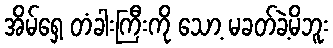
အိမ်ရှေ့ တံခါးကြီးကို သော့ မခတ်ခဲ့မိဘူး